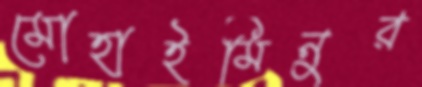
মোহাইমিনুর